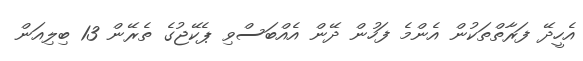
އެހީދޭ ފަރާތްތަކުން އެންމެ ފަހުން ދޭން އެއްބަސްވި ޕެކޭޖުގެ ތެރޭން 13 ބިލިއަަން